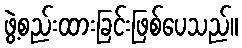
ဖွဲ့စည်းထားခြင်းဖြစ်ပေသည်။